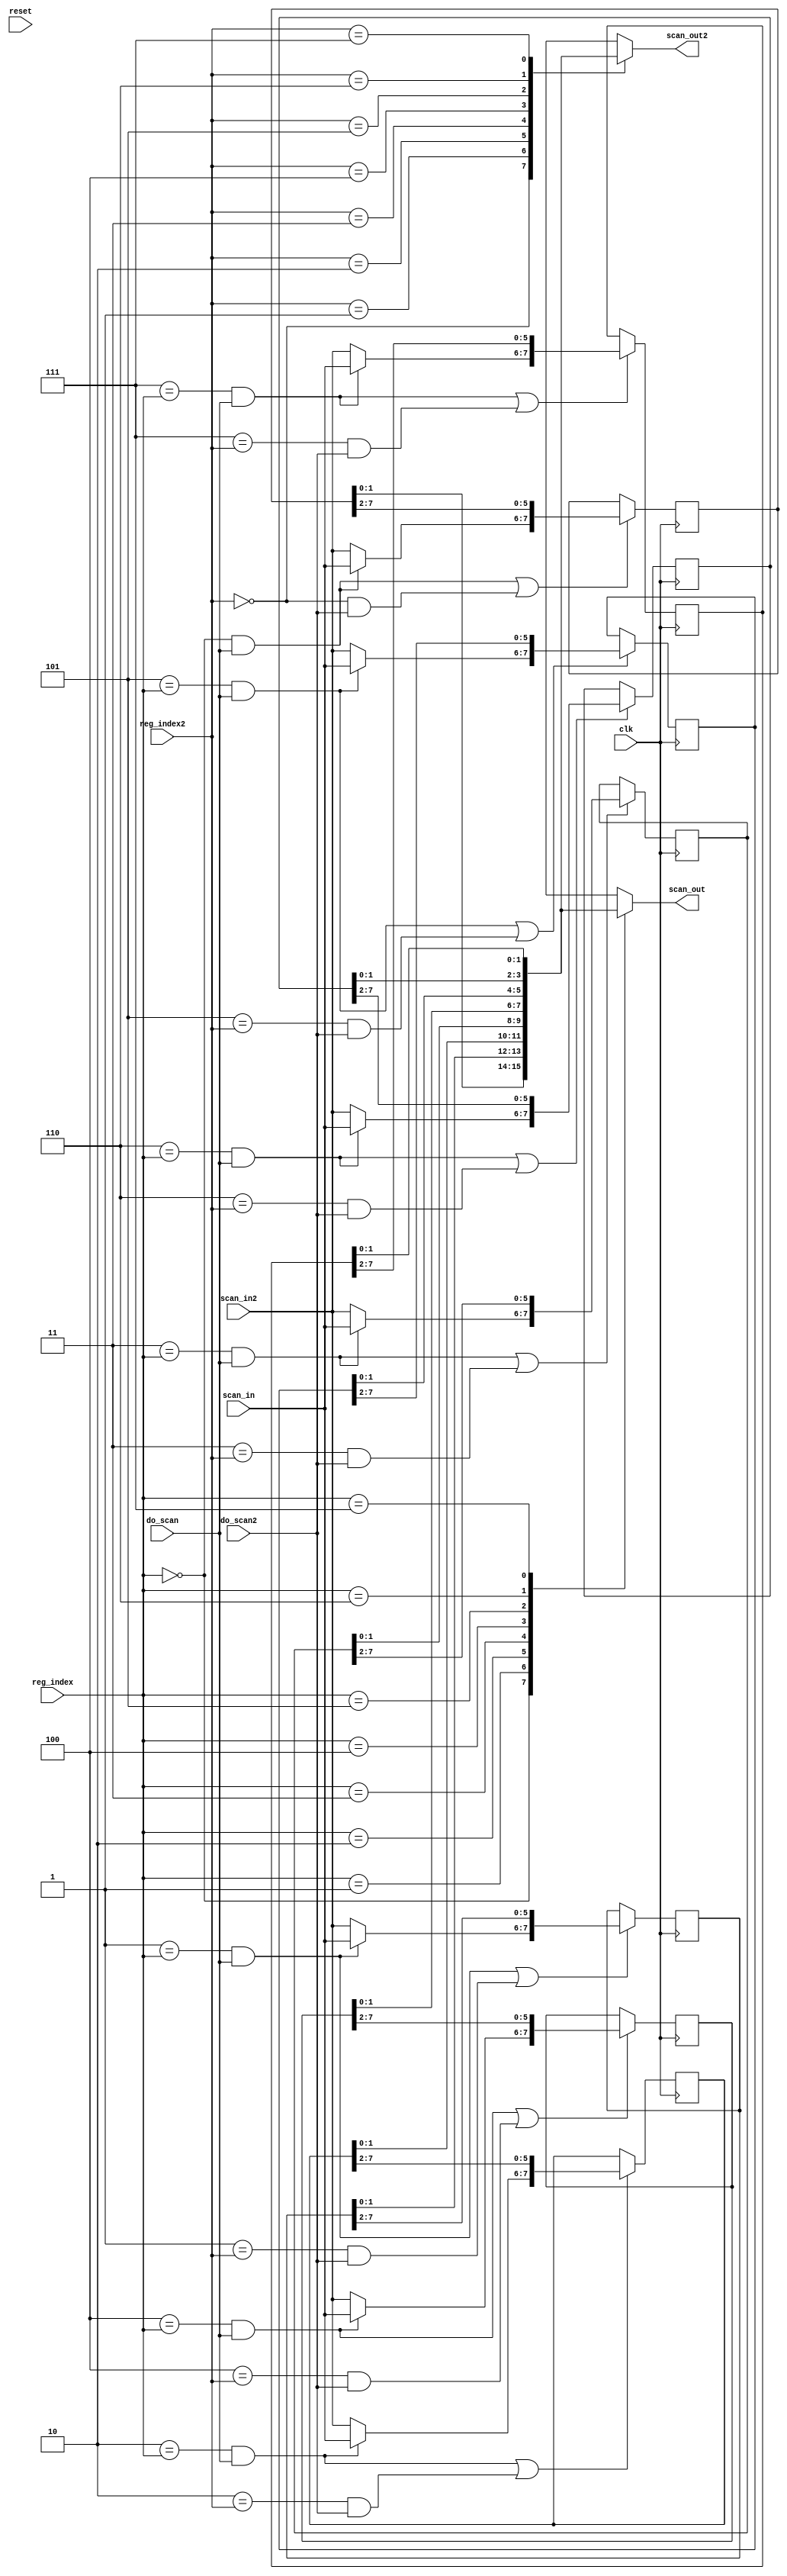
module regfile #( parameter LOG2_NR=3, REG_BITS=8, NSHIFT=2 ) (
		input wire clk, reset,

		input wire [LOG2_NR-1:0] reg_index, reg_index2,

		input wire do_scan, do_scan2,
		// If both indices are the same and scanning, scan_in is used over scan_in2
		input wire [NSHIFT-1:0] scan_in, scan_in2,
		output wire [NSHIFT-1:0] scan_out, scan_out2
	);

	localparam NUM_REGS = 2**LOG2_NR;

	genvar i;

	reg [REG_BITS-1:0] regs[NUM_REGS];

	assign scan_out  = regs[reg_index ][NSHIFT-1:0];
	assign scan_out2 = regs[reg_index2][NSHIFT-1:0];

	generate
		for (i = 0; i < NUM_REGS; i++) begin
			wire active_reg  = (i == reg_index)  & do_scan;
			wire active_reg2 = (i == reg_index2) & do_scan2;
			// Prefer scan_in over scan_in2
			wire [NSHIFT-1:0] reg_scan_in = active_reg ? scan_in : scan_in2;
			wire reg_scan = active_reg | active_reg2;

			always @(posedge clk) begin
				if (reg_scan) regs[i] <= {reg_scan_in, regs[i][REG_BITS-1:NSHIFT]};
			end
		end
	endgenerate
endmodule